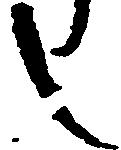
し